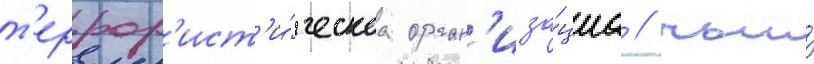
т'еррор'ист'и́ческаа орган'иза́циа / чьи́